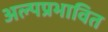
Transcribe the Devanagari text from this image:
अल्पप्रभावित